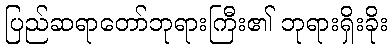
ပြည်ဆရာတော်ဘုရားကြီး၏ ဘုရားရှိးခိုး